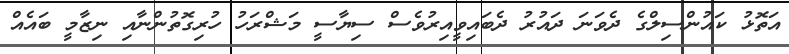
އަތޮޅު ކައުންސިލްގެ ދެވަނަ ދައުރު ދެބައިވީއިރުވެސް ސިޔާސީ މަޝްރަހު ހުރިގޮތުންނާއި ނިޒާމީ ބައެއް